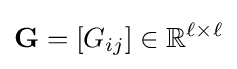
\mathbf {G} =[G_{ij}]\in \mathbb {R} ^{\ell \times \ell }